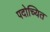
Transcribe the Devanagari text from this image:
पदोच्यित